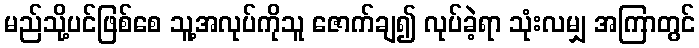
မည်သို့ပင်ဖြစ်စေ သူ့အလုပ်ကိုသူ ဇောက်ချ၍ လုပ်ခဲ့ရာ သုံးလမျှ အကြာတွင်